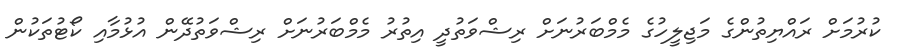
ކުރުމަށް ރައްޔިތުންގެ މަޖިލީހުގެ މެމްބަރުނަށް ރިޝްވަތުދީ އިތުރު މެމްބަރުނަށް ރިޝްވަތުދޭން އުޅުމާއި ކޯޓުތަކުން